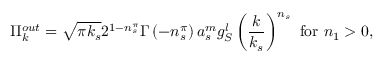
\Pi _ { k } ^ { o u t } = \sqrt { \pi k _ { s } } 2 ^ { 1 - n _ { s } ^ { \pi } } \Gamma \left( - n _ { s } ^ { \pi } \right) a _ { s } ^ { m } g _ { S } ^ { l } \left( \frac k { k _ { s } } \right) ^ { n _ { s } } \mathrm { ~ f o r ~ } n _ { 1 } > 0 ,